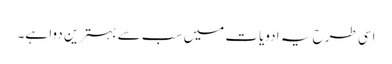
اسی طرح یہ ادویات میں سب سے بہترین دوا ہے۔